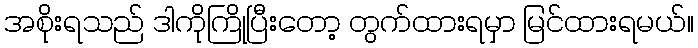
အစိုးရသည် ဒါကိုကြိုပြီးတော့ တွက်ထားရမှာ မြင်ထားရမယ်။